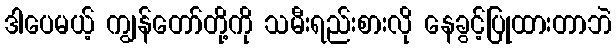
ဒါပေမယ့် ကျွန်တော်တို့ကို သမီးရည်းစားလို နေခွင့်ပြုထားတာဘဲ